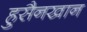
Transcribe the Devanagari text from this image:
हुसैनखान